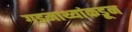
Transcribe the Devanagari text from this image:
गडमाथ्यांकडून